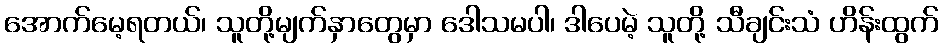
အောက်မေ့ရတယ်၊ သူတို့မျက်နှာတွေမှာ ဒေါသမပါ၊ ဒါပေမဲ့ သူတို့ သီချင်းသံ ဟိန်းထွက်